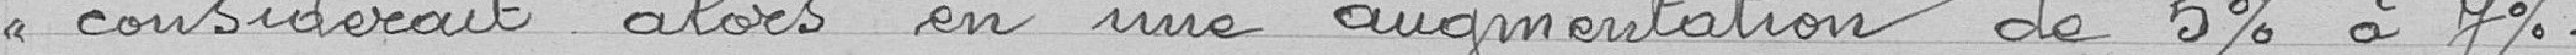
<< considérait alors en une augmentation de 5 à 7% .